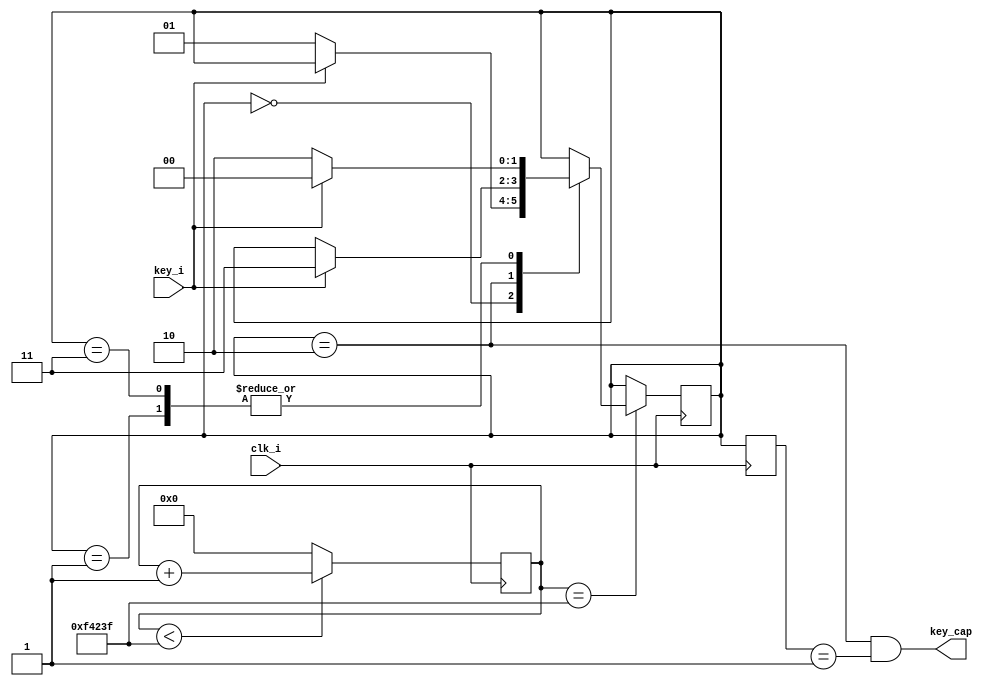
`timescale 1ns / 1ps
//////////////////////////////////////////////////////////////////////////////////
// Company: MSXBO 
// 
// Design Name: key captrue
// Module Name: key
// Project Name: 
// Target Devices: 
// Tool Versions: 
// Description: 
// 
// Dependencies: 
// 
// Revision:
// Revision 0.01 - File Created
// Additional Comments:
// 
//////////////////////////////////////////////////////////////////////////////////

module key #
(
    parameter CLK_FREQ = 100000000
)
(
input clk_i,
input key_i,
output key_cap
);
//10ms
parameter CNT_10MS = (CLK_FREQ/100 - 1'b1);
parameter KEY_S0 = 2'd0;
parameter KEY_S1 = 2'd1;
parameter KEY_S2 = 2'd2;
parameter KEY_S3 = 2'd3;

reg [24:0] cnt10ms = 25'd0;
reg [1:0] key_s = 2'b0;
reg [1:0] key_s_r = 2'b0;
wire en_10ms ;
 
assign en_10ms = (cnt10ms == CNT_10MS);
assign key_cap = (key_s==KEY_S2)&&(key_s_r==KEY_S1);

always @(posedge clk_i)begin
    if(cnt10ms < CNT_10MS) 
        cnt10ms <= cnt10ms + 1'b1;
    else 
        cnt10ms <= 25'd0;
end

always @(posedge clk_i)begin
    key_s_r <= key_s;
end

always @(posedge clk_i)begin
    if(en_10ms)begin
        case(key_s)
        KEY_S0:begin
           if(!key_i)
               key_s <= KEY_S1; 
        end  
        KEY_S1:begin
           if(!key_i)
               key_s <= KEY_S2; 
            else 
               key_s <= KEY_S0; 
        end 
        KEY_S2:begin
           if(key_i)
               key_s <= KEY_S3; 
        end  
        KEY_S3:begin
           if(key_i)
              key_s <= KEY_S0;
            else   
              key_s <= KEY_S2; 
        end
        endcase                  
    end
end


endmodule